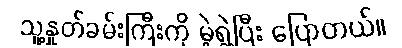
သူ့နှုတ်ခမ်းကြီးကို မဲ့ရွဲ့ပြီး ပြောတယ်။